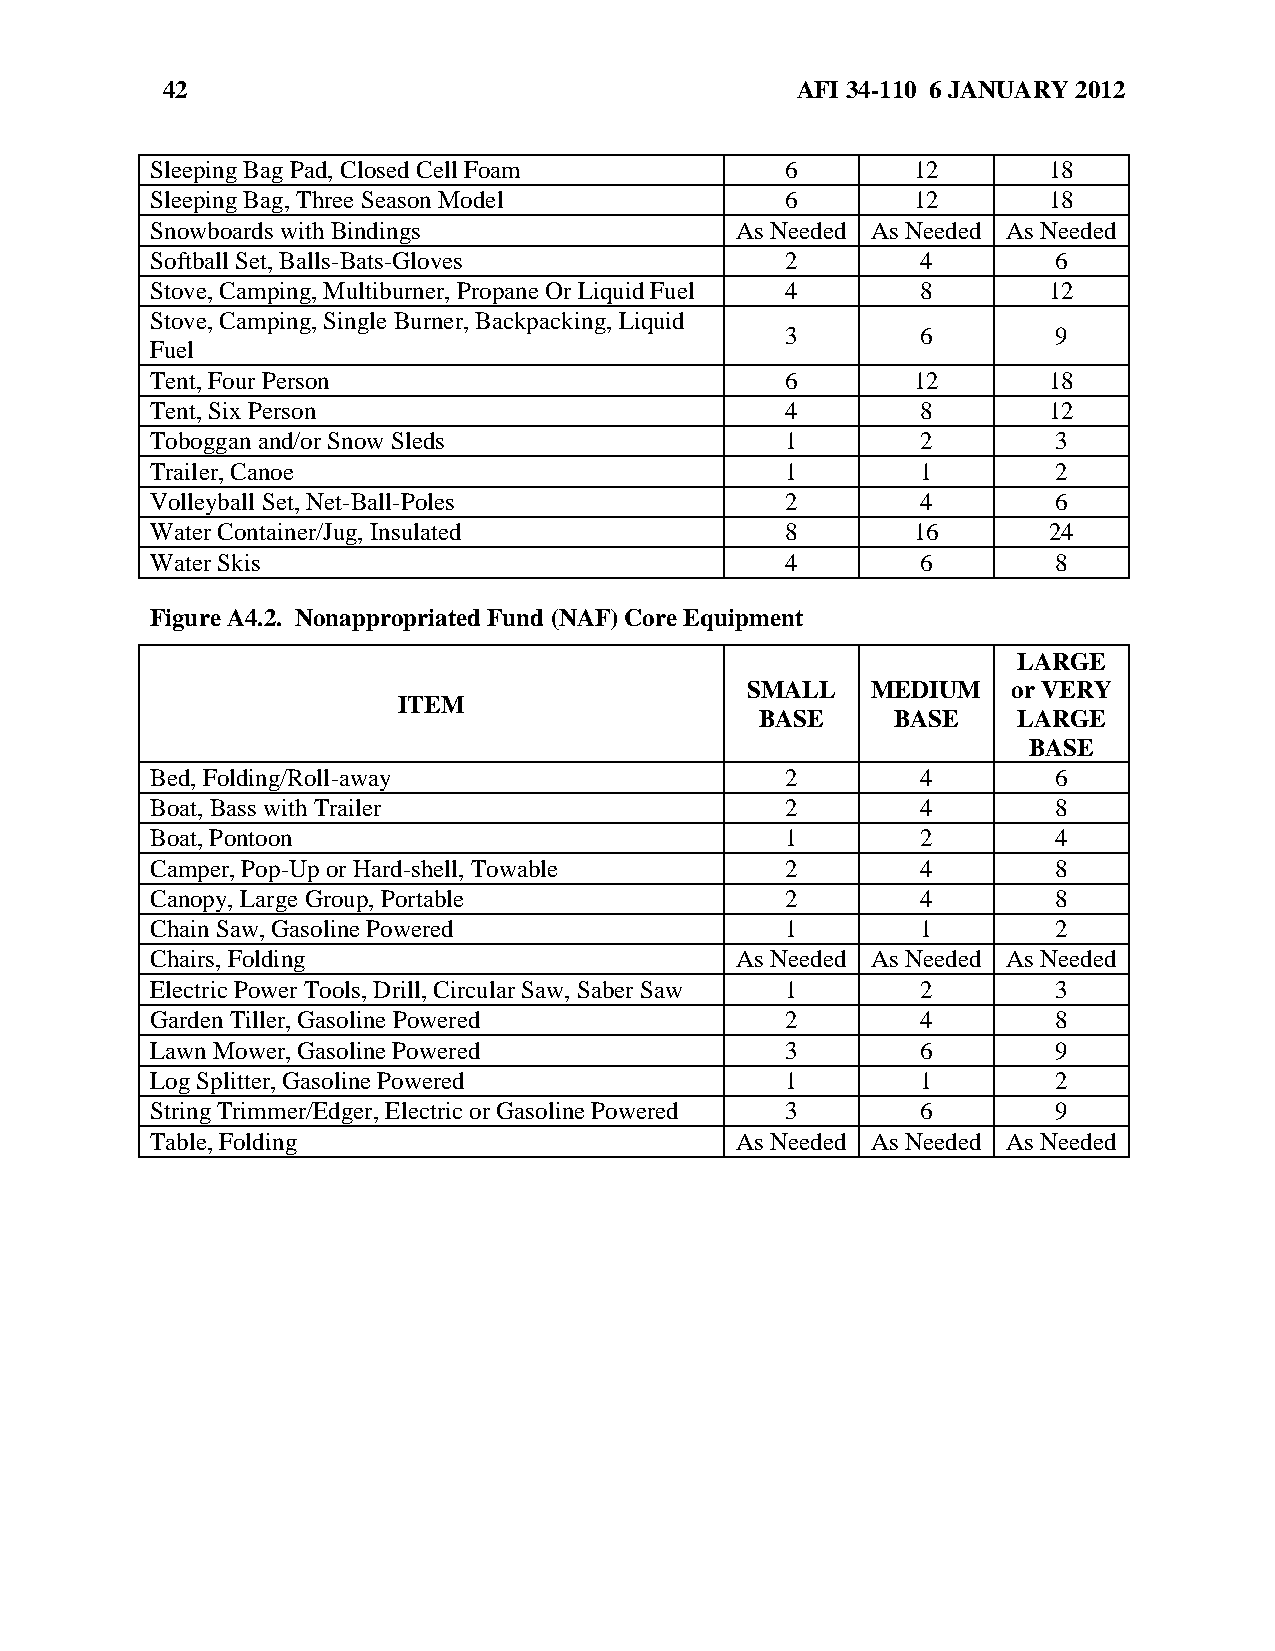
42                                        AFI 34-110 6 JANUARY 2012
 Sleeping Bag Pad, Closed Cell Foam        6        12      18
 Sleeping Bag, Three Season Model          6        12      18
 Snowboards with Bindings               As Needed As Needed As Needed
 Softball Set, Balls-Bats-Gloves           2        4        6
 Stove, Camping, Multiburner, Propane Or Liquid Fuel 4 8    12
 Stove, Camping, Single Burner, Backpacking, Liquid
 3        6        9
 Fuel
 Tent, Four Person                         6        12      18
 Tent, Six Person                          4        8       12
 Toboggan and/or Snow Sleds                1        2        3
 Trailer, Canoe                            1        1        2
 Volleyball Set, Net-Ball-Poles            2        4        6
 Water Container/Jug, Insulated            8        16      24
 Water Skis                                4        6        8
 Figure A4.2. Nonappropriated Fund (NAF) Core Equipment
 LARGE
 SMALL    MEDIUM   or VERY
 ITEM
 BASE     BASE    LARGE
 BASE
 Bed, Folding/Roll-away                    2        4        6
 Boat, Bass with Trailer                   2        4        8
 Boat, Pontoon                             1        2        4
 Camper, Pop-Up or Hard-shell, Towable     2        4        8
 Canopy, Large Group, Portable             2        4        8
 Chain Saw, Gasoline Powered               1        1        2
 Chairs, Folding                        As Needed As Needed As Needed
 Electric Power Tools, Drill, Circular Saw, Saber Saw 1 2    3
 Garden Tiller, Gasoline Powered           2        4        8
 Lawn Mower, Gasoline Powered              3        6        9
 Log Splitter, Gasoline Powered            1        1        2
 String Trimmer/Edger, Electric or Gasoline Powered 3 6      9
 Table, Folding                         As Needed As Needed As Needed